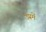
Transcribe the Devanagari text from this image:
उम्रमें